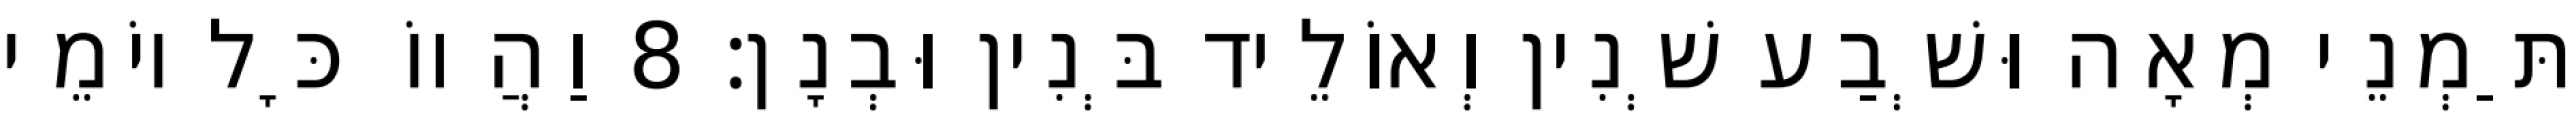
תַּמְנֵי מְאָה וּשְׁבַע שְׁנִין וְאוֹלֵיד בְּנִין וּבְנָן׃ 8 וַהֲווֹ כָּל יוֹמֵי